Insane asylums in Bengal annual reports 1867-1875 - 1867-1875
Year: 1867
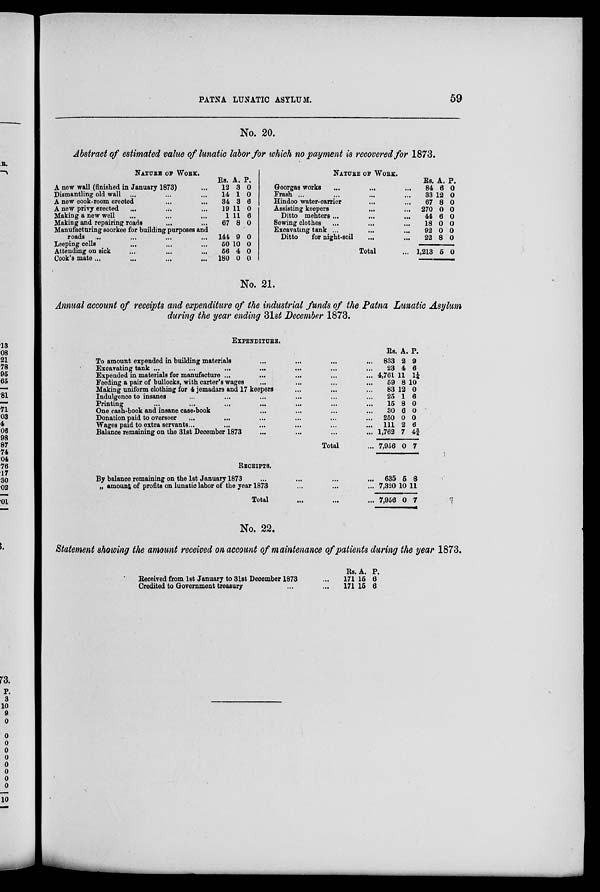
PATNA LUNATIC ASYLUM.
59
No. 20.
Abstract of estimated value of lunatic labor for which no payment is recovered for 1873.
NATURE OF WORK.
A new wall (finished in January 1873) ...
Dismantling old wall ... ... ...
A new cook-room erected ... ...
A new privy erected ... ... ...
Making a new well ... ... ...
Making and repairing roads ... ...
Manufacturing soorkee for building purposes and
roads ... ... ... ...
Leeping cells ... ... ...
Attending on sick ... ... ...
Cook's mate... ... ... ...
Rs.
12
14
34
19
1
67
144
50
56
180
A.
3
1
3
11
11
8
9
10
4
0
P.
0
0
6
0
6
0
0
0
0
0
NATURE OF WORK.
Goorgas works ... ... ...
Frash ... ... ... ...
Hindoo water-carrier ... ...
Assisting keepers ... ...
Ditto mehters...
...
...
Sewing clothes ... ... ...
Excavating tank ... ... ...
Ditto
for night-soil ... ...
Total ...
Rs.
84
33
67
270
44
18
92
22
1,213
A.
6
12
8
0
6
0
0
8
5
P.
0
0
0
0
0
0
0
0
0
No. 21.
Annual account of receipts and expenditure of the industrial funds of the Patna Lunatic Asylum
during the year ending 31st December 1873.
EXPENDITURE.
To amount expended in building materials ... ... ... ...
Excavating tank ... ... ... ... ... ... ...
Expended in materials for manufacture ... ... ... ... ...
Feeding a pair of bullocks, with carter's wages ... ... ... ...
Making uniform clothing for 4 jemadars and 17 keepers ... ... ...
Indulgence to insanes ... ... ... ... ... ...
Printing ... ... ... ... ... ... ...
One cash-book and insane case-book ... ... ... ...
Donation paid to overseer ... ... ... ... ... ...
Wages paid to extra servants... ... ... ... ... ...
Balance remaining on the 31st December 1873 ... ... ... ... ...
Total ...
RECEIPTS.
By balance remaining on the 1st January 1873 ... ... ... ...
„ amount of profits on lunatic labor of the year 1873 ... ... ...
Total ... ... ...
Rs.
833
23
4,761
59
83
25
15
30
250
111
1,762
7,956
A.
2
4
11
8
12
1
8
6
0
2
7
0
P.
9
6
1¼
10
0
6
0
0
0
6
4¾
7
635
7,320
7,956
5
10
0
8
11
7
No. 22.
Statement showing the amount received on account of maintenance of patients during the year 1873.
Received from 1st January to 31st December 1873 ...
Credited to Government treasury ... ...
Rs.
171
171
A.
15
15
P.
6
6